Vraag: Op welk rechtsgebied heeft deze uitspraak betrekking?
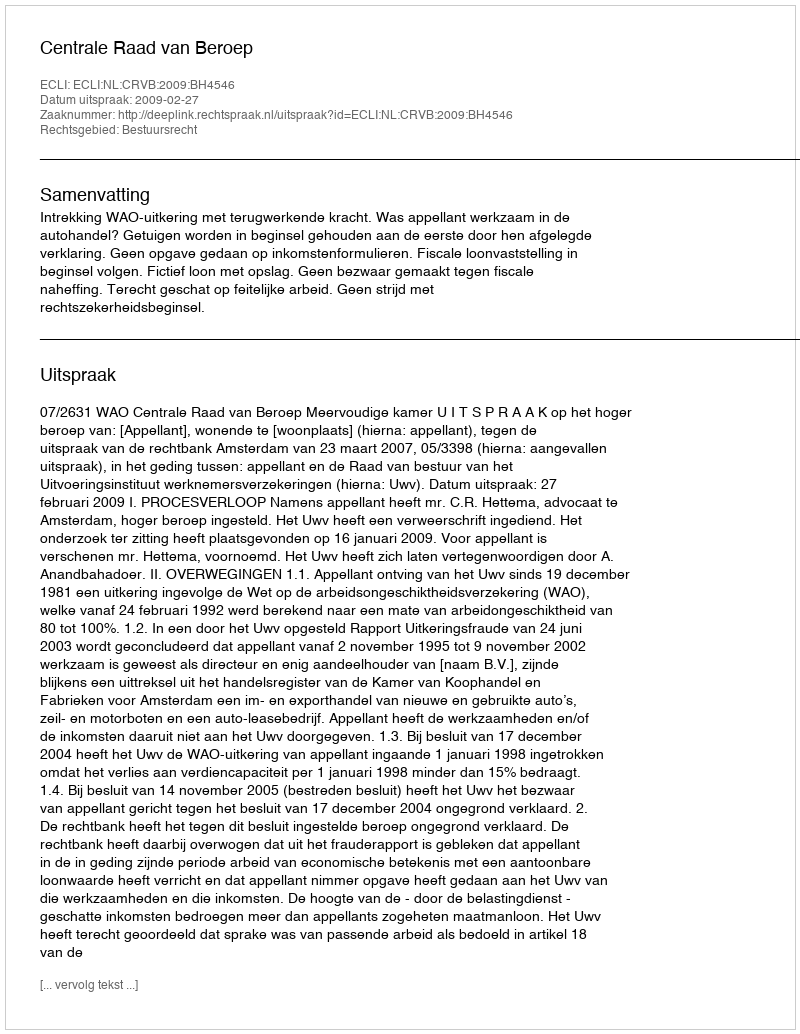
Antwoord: Bestuursrecht